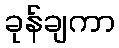
ခုန်ချကာ